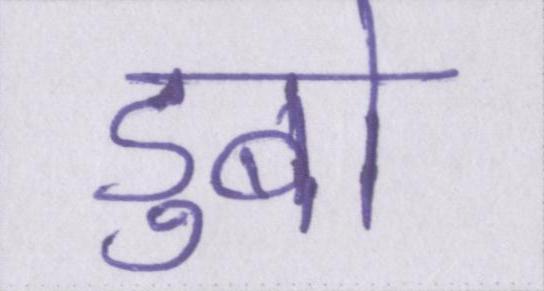
डुबो